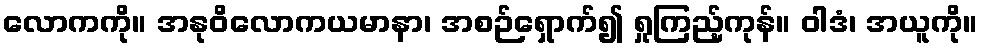
လောကကို။ အနုဝိလောကယမာနာ၊ အစဉ်ရှောက်၍ ရှုကြည့်ကုန်။ ဝါဒံ၊ အယူကို။